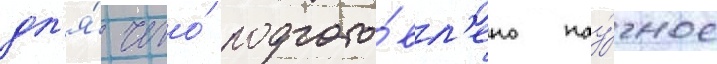
дл'я́ чего́ подгото́вл'ено нау́чное